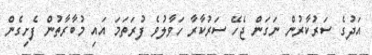
އަދުގެ ސަރުކާރުން ނަގަން ޖެހޭ ސަރުކާރާ ހަވާލުވެ ފުރަތަމަ އައި މުބާރާތުން ފެށިގެން